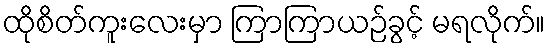
ထိုစိတ်ကူးလေးမှာ ကြာကြာယဉ်ခွင့် မရလိုက်။